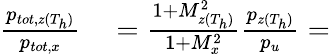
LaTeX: \begin{array}{rl}{\frac{p_{tot,z(T_{h})}}{p_{tot,x}}}&{{}=\frac{1+M_{z(T_{h})}^{2}}{1+M_{x}^{2}}\frac{p_{z(T_{h})}}{p_{u}}=}\end{array}